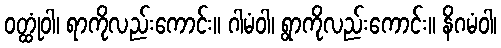
ဝတ္ထုံဝါ၊ ရာကိုလည်းကောင်း။ ဂါမံဝါ၊ ရွာကိုလည်းကောင်း။ နိဂမံဝါ၊